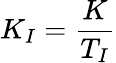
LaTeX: K_{I}={\frac{K}{T_{I}}}